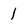
Character: 1